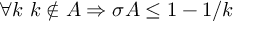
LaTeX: \forall k \ k \notin A \Rightarrow \sigma A \leq 1 - 1 / k